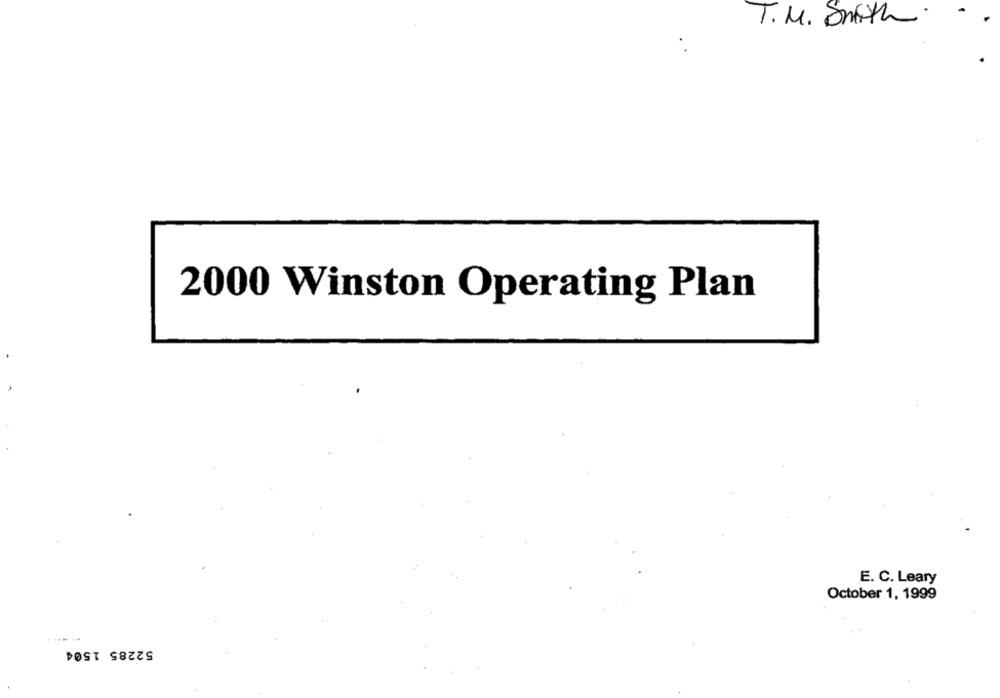
.
T. M. Smith
2000 Winston Operating Plan
E. C. Leary
October 1, 1999
52285 1504